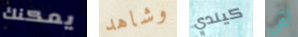
يمكنك وشاهد كيندي لقي